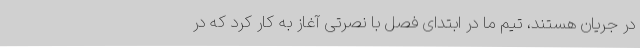
در جریان هستند، تیم ما در ابتدای فصل با نصرتی آغاز به کار کرد که در